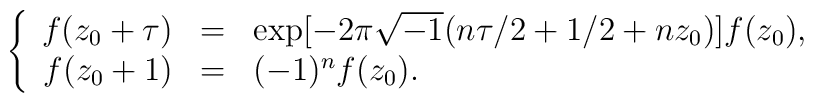
\left\{ \begin{array}{rcl}f(z_0 +\tau ) & = & \exp [-2\pi \sqrt{-1}(n\tau /2+1/2 +nz_0 )]f(z_0 ), \\f(z_0 +1) & = & (-1)^n f(z_0 ). \end{array} \right.